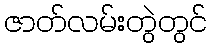
ဇာတ်လမ်းတွဲတွင်